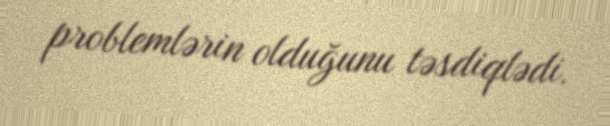
problemlərin olduğunu təsdiqlədi.